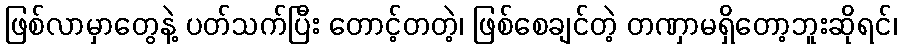
ဖြစ်လာမှာတွေနဲ့ ပတ်သက်ပြီး တောင့်တတဲ့၊ ဖြစ်စေချင်တဲ့ တဏှာမရှိတော့ဘူးဆိုရင်၊